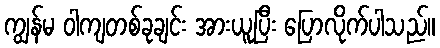
ကျွန်မ ဝါကျတစ်ခုချင်း အားယူပြီး ပြောလိုက်ပါသည်။